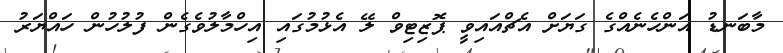
މާބަނޑު އަންހެނެއްގެ ގަޔަށް އެޗްއައިވީ ޕޮޒިޓިވް ލޭ އެޅުމުގައި އިހްމާލުވެެގެން ފުލުހުން ހައްޔަރު